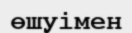
өшуімен